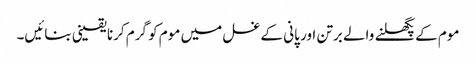
موم کے پگھلنے والے برتن اور پانی کے غسل میں موم کو گرم کرنا یقینی بنائیں۔